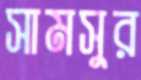
সামসুর